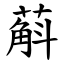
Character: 蔛